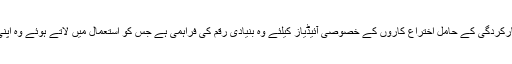
اس انعامی رقم کی فراہمی کا مقصد ان نمایاں کارکردگی کے حامل اختراع کاروں کے خصوصی آئیڈیاز کیلئے وہ بنیادی رقم کی فراہمی ہے جس کو استعمال میں لاتے ہوئے وہ اپنی پراڈکٹس اور سروسز کومزید ترقی دے سکیں۔